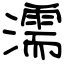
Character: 濡